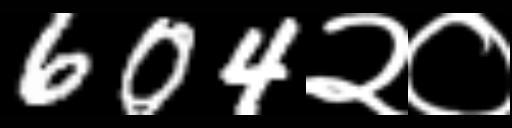
Text: 604२०